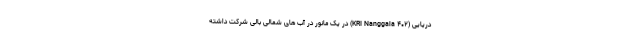
دریایی (KRI Nanggala ۴۰۲) در یک مانور در آب های شمالی بالی شرکت داشته